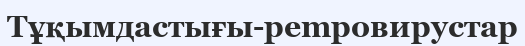
Тұқымдастығы-pempoвирустар